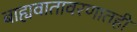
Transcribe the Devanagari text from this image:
बाह्यवातावरणातही